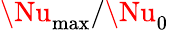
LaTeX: \Nu_{\mathrm{max}}/\Nu_{0}